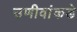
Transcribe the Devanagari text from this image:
उणीवांकडे